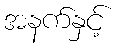
အနက်နှင့်